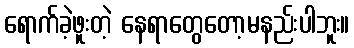
ရောက်ခဲ့ဖူးတဲ့ နေရာတွေတော့မနည်းပါဘူး။